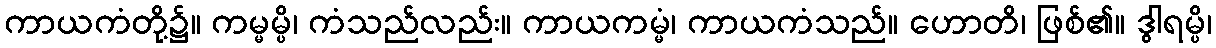
ကာယကံတို့၌။ ကမ္မမ္ပိ၊ ကံသည်လည်း။ ကာယကမ္မံ၊ ကာယကံသည်။ ဟောတိ၊ ဖြစ်၏။ ဒွါရမ္ပိ၊